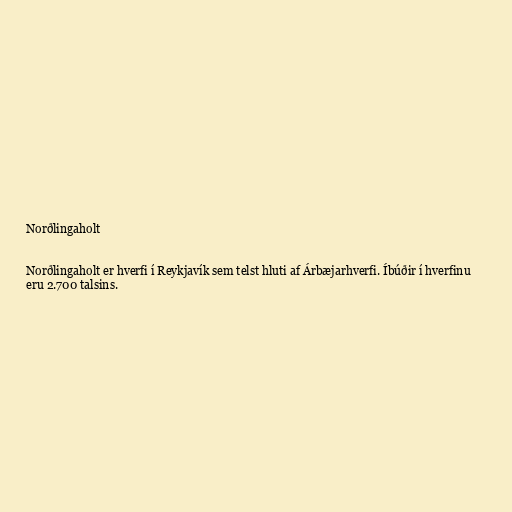
Norðlingaholt

Norðlingaholt er hverfi í Reykjavík sem telst hluti af Árbæjarhverfi. Íbúðir í hverfinu
eru 2.700 talsins.